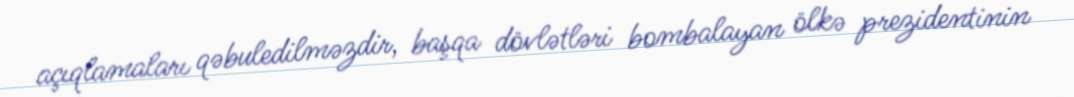
açıqlamaları qəbuledilməzdir, başqa dövlətləri bombalayan ölkə prezidentinin